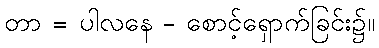
တာ = ပါလနေ - စောင့်ရှောက်ခြင်း၌။